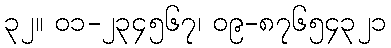
၃၂။ ၀၁-၂၃၄၅၆၇၊ ၀၉-၈၇၆၅၄၃၂၁